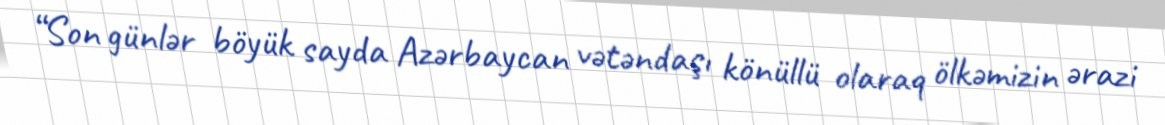
“Son günlər böyük sayda Azərbaycan vətəndaşı könüllü olaraq ölkəmizin ərazi